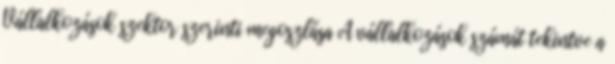
Vállalkozások szektor szerinti megoszlása A vállalkozások számát tekintve a